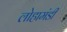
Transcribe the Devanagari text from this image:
लोहामंडी